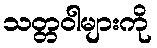
သတ္တဝါများကို